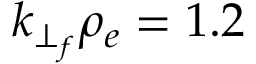
k _ { \perp _ { f } } \rho _ { e } = 1 . 2